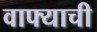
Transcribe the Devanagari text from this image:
वाफ्याची